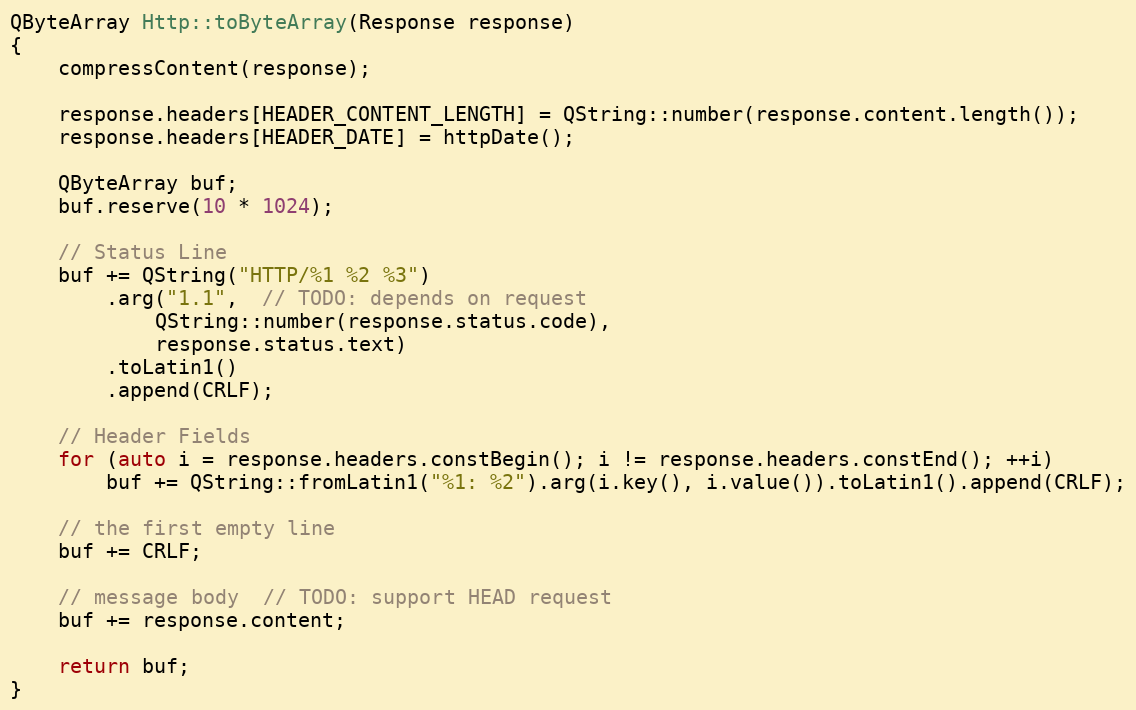
Language: C++
QByteArray Http::toByteArray(Response response)
{
    compressContent(response);

    response.headers[HEADER_CONTENT_LENGTH] = QString::number(response.content.length());
    response.headers[HEADER_DATE] = httpDate();

    QByteArray buf;
    buf.reserve(10 * 1024);

    // Status Line
    buf += QString("HTTP/%1 %2 %3")
        .arg("1.1",  // TODO: depends on request
            QString::number(response.status.code),
            response.status.text)
        .toLatin1()
        .append(CRLF);

    // Header Fields
    for (auto i = response.headers.constBegin(); i != response.headers.constEnd(); ++i)
        buf += QString::fromLatin1("%1: %2").arg(i.key(), i.value()).toLatin1().append(CRLF);

    // the first empty line
    buf += CRLF;

    // message body  // TODO: support HEAD request
    buf += response.content;

    return buf;
}